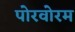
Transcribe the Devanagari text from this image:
पोरवोरम